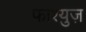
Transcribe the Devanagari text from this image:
फाश्युज़